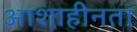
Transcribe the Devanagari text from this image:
आशाहीनता